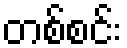
တစ်စင်း